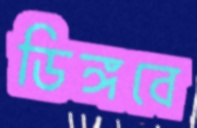
ডিঙ্গবে